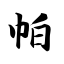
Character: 帕